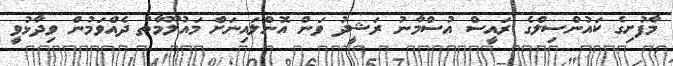
މާފުށިގެ ކައުންސިލްގެ ރައީސް އުސްމާނު ރަޝީދު ވަން އޮންލައިނަށް މައުލޫމާތު ދެއްވަމުން ވިދާޅުވީ